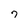
Character: 7